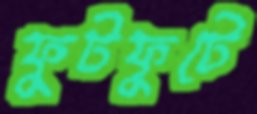
ফুটফুটে